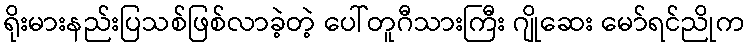
ရိုးမားနည်းပြသစ်ဖြစ်လာခဲ့တဲ့ ပေါ်တူဂီသားကြီး ဂျိုဆေး မော်ရင်ညိုက